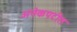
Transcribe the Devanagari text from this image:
अनेकपटीत